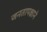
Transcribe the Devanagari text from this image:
जनतापक्षाने